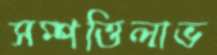
সম্পত্তিলাভ